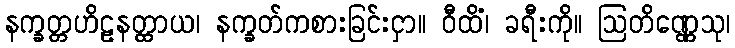
နက္ခတ္တဟိဠနတ္ထာယ၊ နက္ခတ်ကစားခြင်းငှာ။ ဝီထိံ၊ ခရီးကို။ ဩတိဏ္ဏေသု၊